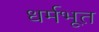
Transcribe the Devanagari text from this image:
धर्मभूत